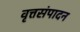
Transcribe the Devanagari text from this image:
वृत्तसंपादन